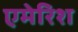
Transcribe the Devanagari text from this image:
एमेरिश